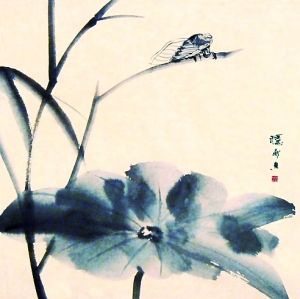
日夕凉风至，闻蝉但益悲。